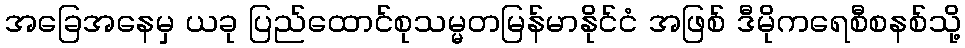
အခြေအနေမှ ယခု ပြည်ထောင်စုသမ္မတမြန်မာနိုင်ငံ အဖြစ် ဒီမိုကရေစီစနစ်သို့